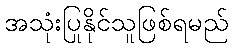
အသုံးပြုနိုင်သူဖြစ်ရမည်